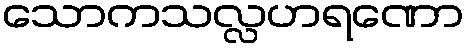
သောကသလ္လဟရဏော